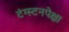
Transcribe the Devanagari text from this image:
टंग्स्टनपेक्षा